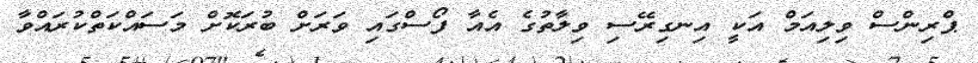
ޕްރިންސް ވިލިއަމް އަކީ އިނގިރޭސި ވިލާތުގެ އެއާ ފޯސްގައި ވަރަށް ބުރަކޮށް މަސައްކަތްކުރައްވާ